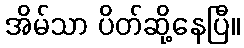
အိမ်သာ ပိတ်ဆို့နေပြီ။